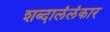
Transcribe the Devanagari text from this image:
शब्दालंलंकार